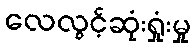
လေလွင့်ဆုံးရှုံးမှု